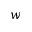
w